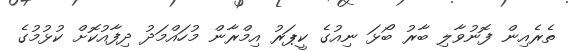
ތެރެއިން ފޮނުވާލި ބާރު ބޯޅަ ނިއުގެ ކީޕަރު އިމްރާން މުހައްމަދު ދިފާއުކޮށް ކުޅުމުގެ